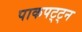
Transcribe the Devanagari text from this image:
पाकपट्ट्न